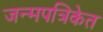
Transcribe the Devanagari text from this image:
जन्मपत्रिकेत